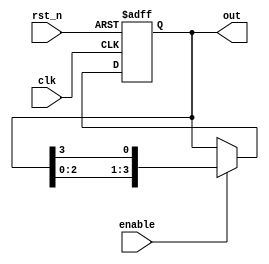
module ring_counter (
    input wire clk,           // Clock input
    input wire rst_n,        // Active-low reset
    input wire enable,       // Enable signal
    output reg [N-1:0] out   // Output representing the state of the ring counter
);
    parameter N = 4;         // Number of flip-flops (can be adjusted)

    // Initialize the ring counter to a specific state
    initial begin
        out = 1'b1;          // Initial state: `1000` for N=4
    end

    always @(posedge clk or negedge rst_n) begin
        if (!rst_n) begin
            out <= 1'b1;     // Reset to initial state
        end else if (enable) begin
            out <= {out[N-2:0], out[N-1]}; // Shift left and wrap around
        end
    end
endmodule